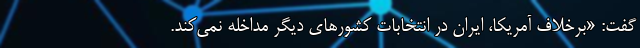
گفت: «برخلاف آمریکا، ایران در انتخابات کشورهای دیگر مداخله نمی‌کند.